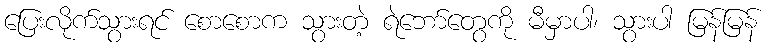
ပြေးလိုက်သွားရင် စောစောက သွားတဲ့ ရဲဘော်တွေကို မီမှာပါ၊ သွားပါ မြန်မြန်